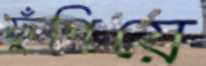
ফুঁপিয়ে